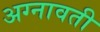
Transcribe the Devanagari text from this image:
अग्नावती